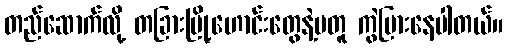
တည်ဆောက်လို့ တခြားမြို့ဟောင်းတွေနဲ့မတူ ကွဲပြားနေပါတယ်။